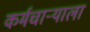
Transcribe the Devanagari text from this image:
कर्मचाऱ्याला